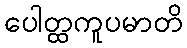
ပေါတ္ထကူပမာတိ